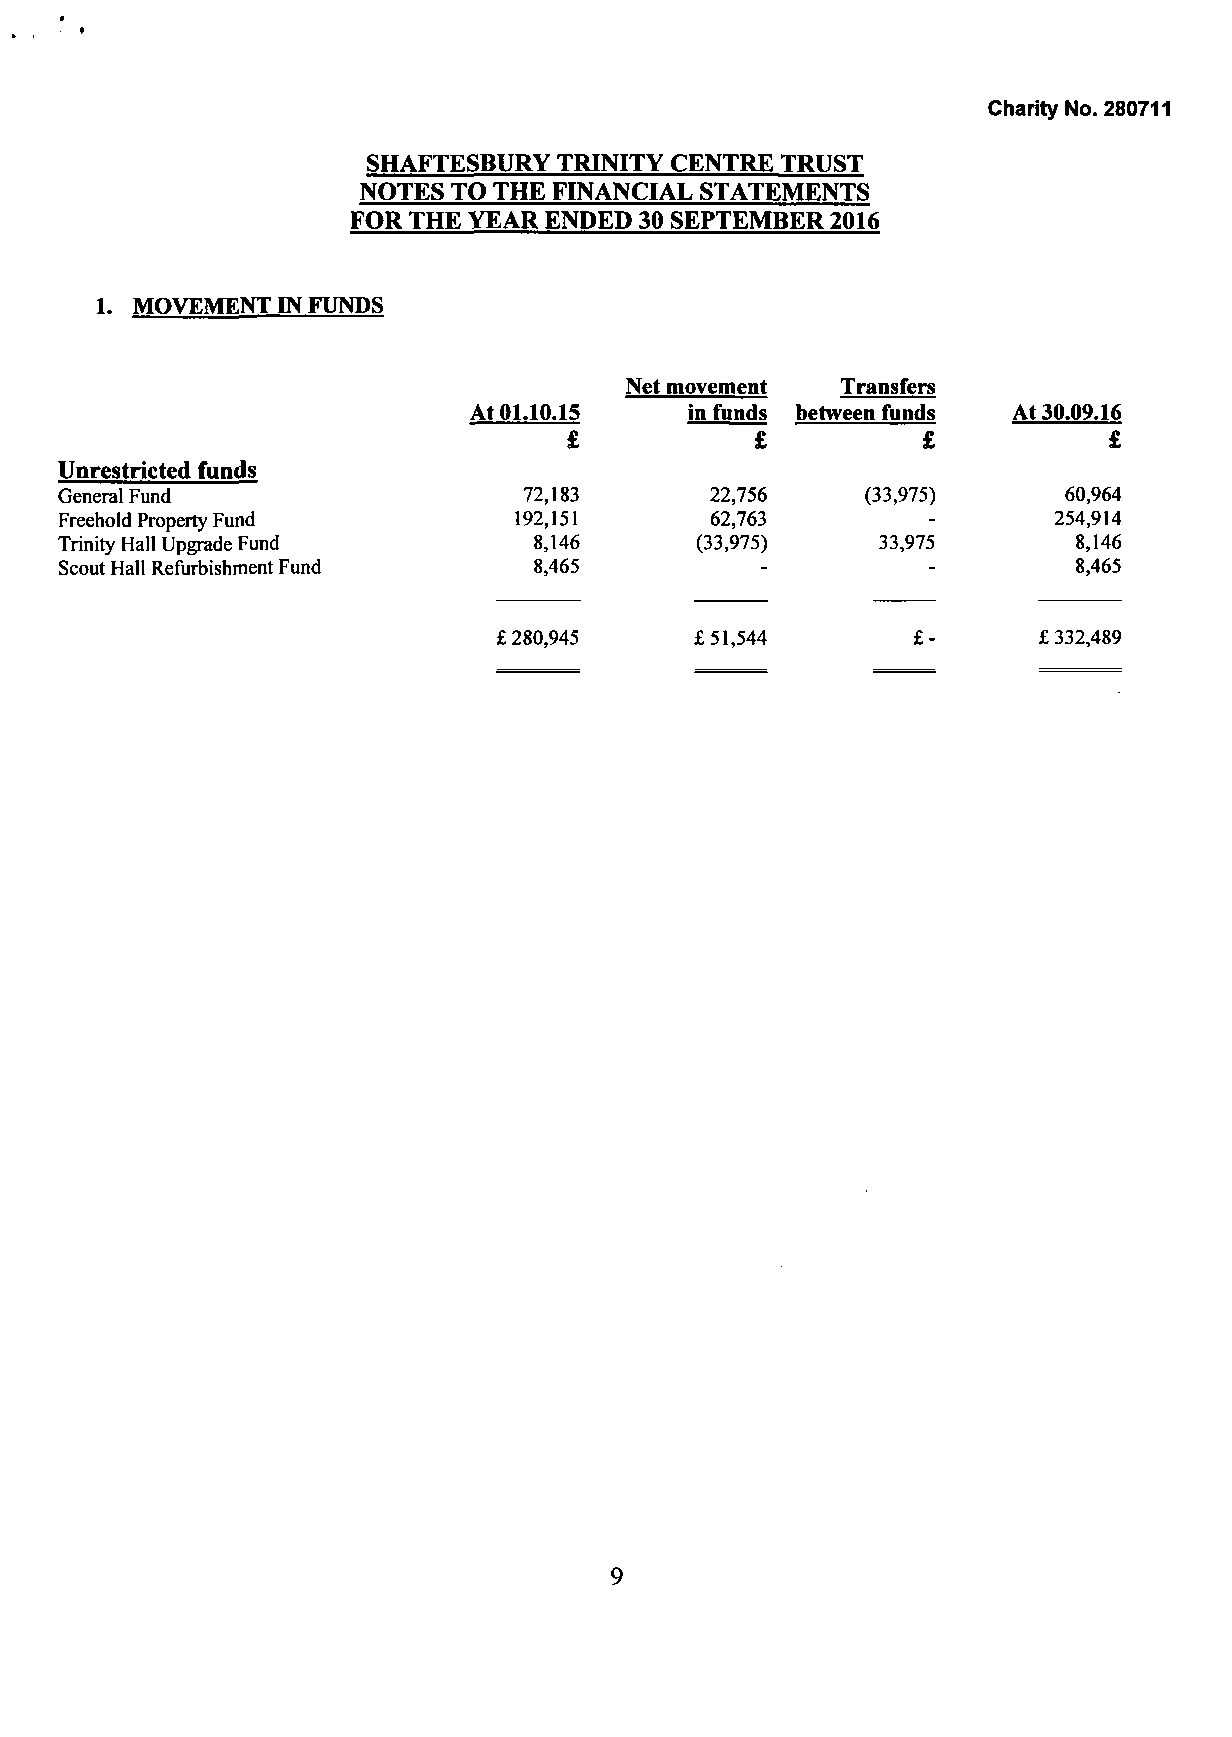
Charity No. 280711
 SHAFTESBURY  TRINITY CENTRE TRUST
 NOTES TO THE FINANCIAL STATEMENTS
 FOR THE YEAR ENDED 30 SEPTEMBER 2016
 1. MOVEMENT IN FUNDS
 Net movement   Transfers
 At 01.10.15    in funds between funds At 30.09.16
 £           £          £           £
 Unrestricted funds
 General Fund                   72,183      22,756    (33,975)     60,964
 Freehold Property Fund        192,151      62,763                 254,914
 Trinity Hall Upgrade Fund      8,146      (33,975)    33,975       8,146
 Scout Hall Refurbishment Fund  8,465                               8,465
 £ 280,945    £51,544                £ 332,489
 9